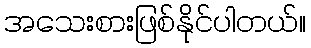
အသေးစားဖြစ်နိုင်ပါတယ်။